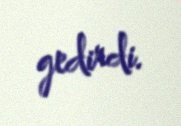
gedirdi.